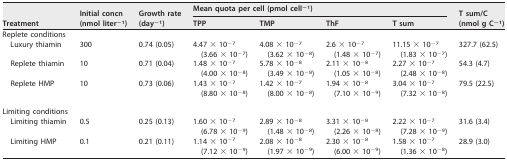
| <ROWSPAN=2> Treatment | <ROWSPAN=2> Initial concn (nmol liter−1) | <ROWSPAN=2> Growth rate (day−1) | <COLSPAN=4> Mean quota per cell (pmol cell−1) | <ROWSPAN=2> T sum/C (nmol g C−1) |
 | TPP | TMP | ThF | T sum |
 | --- | --- | --- | --- | --- | --- | --- | --- |
 | Replete conditions |  |  |  |  |  |  |  |
 | Luxury thiamin | 300 | 0.74 (0.05) | 4.47 × 10−7(3.66 × 10−7) | 4.08 × 10−7(3.62 × 10−8) | 2.6 × 10−7(1.48 × 10−7) | 11.15 × 10−7(1.83 × 10−7) | 327.7 (62.5) |
 | Replete thiamin | 10 | 0.71 (0.04) | 1.48 × 10−7(4.00 × 10−8) | 5.78 × 10−8(3.49 × 10−8) | 2.11 × 10−8(1.05 × 10−8) | 2.27 × 10−7(2.48 × 10−8) | 54.3 (4.7) |
 | Replete HMP | 10 | 0.73 (0.06) | 1.43 × 10−7(8.80 × 10−8) | 1.42 × 10−7(8.00 × 10−8) | 1.94 × 10−8(7.10 × 10−9) | 3.04 × 10−7(7.32 × 10−8) | 79.5 (22.5) |
 | Limiting conditions |  |  |  |  |  |  |  |
 | Limiting thiamin | 0.5 | 0.25 (0.13) | 1.60 × 10−7(6.78 × 10−9) | 2.89 × 10−8(1.48 × 10−8) | 3.31 × 10−8(2.26 × 10−8) | 2.22 × 10−7(7.28 × 10−9) | 31.6 (3.4) |
 | Limiting HMP | 0.1 | 0.21 (0.11) | 1.14 × 10−7(7.12 × 10−9) | 2.08 × 10−8(1.97 × 10−9) | 2.30 × 10−8(6.00 × 10−9) | 1.58 × 10−7(1.36 × 10−8) | 28.9 (3.0) |